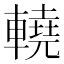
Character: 𨎬